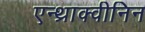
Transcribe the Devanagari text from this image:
एन्थ्राक्वीनिन